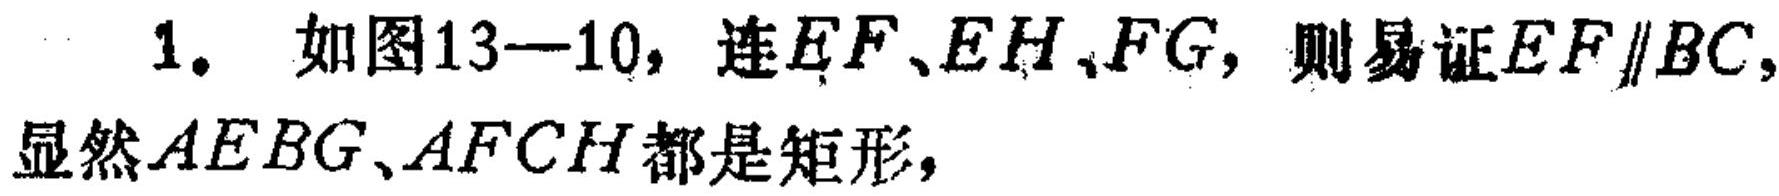
1. 如图13—10，连\(EF\)、\(EH\)、\(FG\)，则易证\(EF\parallel BC\)，显然\(AEBG\)、\(AFCH\)都是矩形，